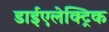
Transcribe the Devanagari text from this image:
डाईएलेक्ट्रिक